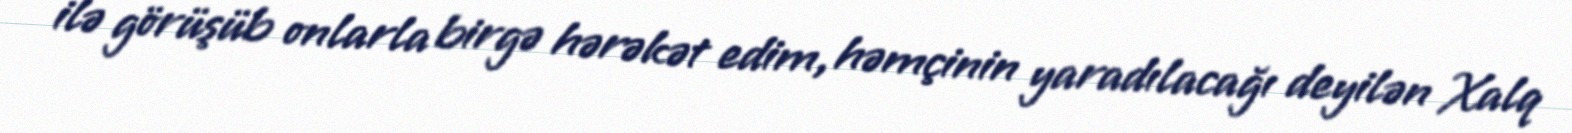
ilə görüşüb onlarla birgə hərəkət edim, həmçinin yaradılacağı deyilən Xalq